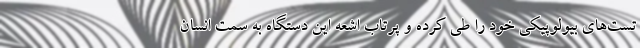
تست‌های بیولوپیکی خود را طی کرده و پرتاب اشعه این دستگاه به سمت انسان